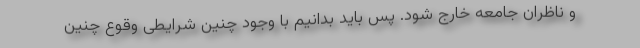
و ناظران جامعه خارج شود. پس باید بدانیم با وجود چنین شرایطی وقوع چنین